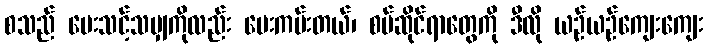
စသည် ပေးသင့်သမျှကိုလည်း ပေးကမ်းတယ်၊ စပ်ဆိုင်ရာတွေကို ဒီလို ယဉ်ယဉ်ကျေးကျေး